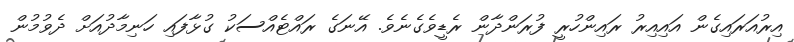
އިރުއަރައިގެން އައިއިރު ރައިންހުރީ ފުރަންދާން ރެޑީވެގެނެވެ. އޭނަގެ ރައްޓެއްސަކު ގުޅާފައި ހަނިމާދުއަށް ދެވުމުން